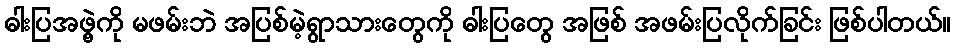
ဓါးပြအဖွဲ့ကို မဖမ်းဘဲ အပြစ်မဲ့ရွာသားတွေကို ဓါးပြတွေ အဖြစ် အဖမ်းပြလိုက်ခြင်း ဖြစ်ပါတယ်။